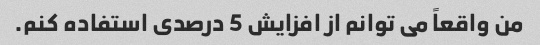
من واقعاً می توانم از افزایش 5 درصدی استفاده کنم.